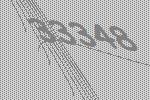
33348